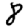
Digit: 8